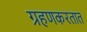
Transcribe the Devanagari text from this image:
ग्रहणकरतात